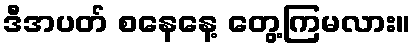
ဒီအပတ် စနေနေ့ တွေ့ကြမလား။